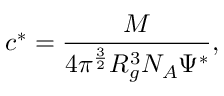
c ^ { * } = \frac { M } { 4 \pi ^ { \frac { 3 } { 2 } } R _ { g } ^ { 3 } N _ { A } \Psi ^ { * } } ,